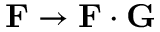
\mathbf { F } \rightarrow \mathbf { F } \cdot \mathbf { G }